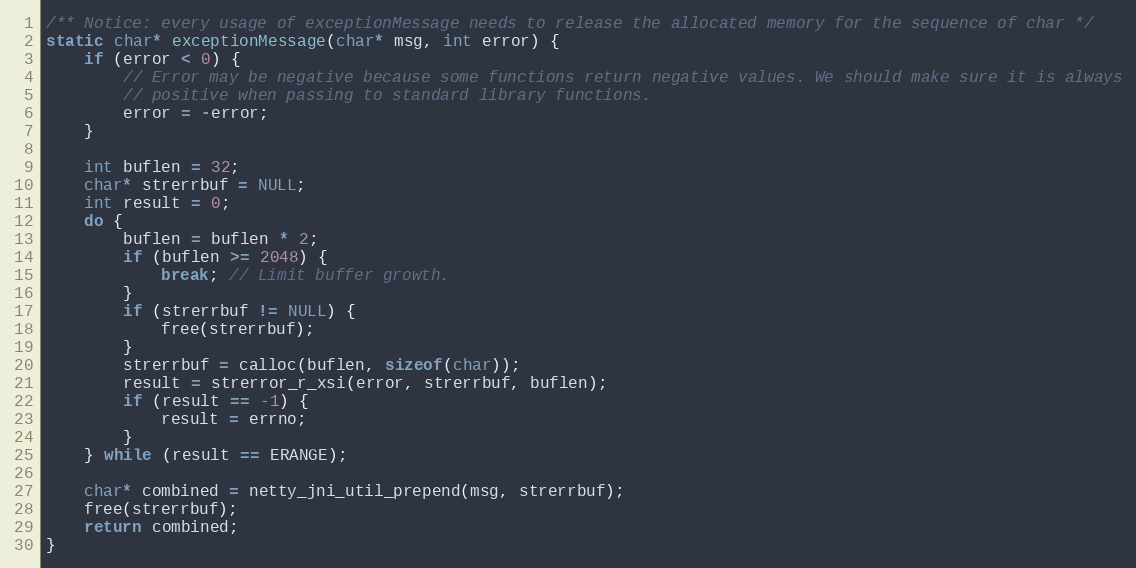
Language: C
/** Notice: every usage of exceptionMessage needs to release the allocated memory for the sequence of char */
static char* exceptionMessage(char* msg, int error) {
    if (error < 0) {
        // Error may be negative because some functions return negative values. We should make sure it is always
        // positive when passing to standard library functions.
        error = -error;
    }

    int buflen = 32;
    char* strerrbuf = NULL;
    int result = 0;
    do {
        buflen = buflen * 2;
        if (buflen >= 2048) {
            break; // Limit buffer growth.
        }
        if (strerrbuf != NULL) {
            free(strerrbuf);
        }
        strerrbuf = calloc(buflen, sizeof(char));
        result = strerror_r_xsi(error, strerrbuf, buflen);
        if (result == -1) {
            result = errno;
        }
    } while (result == ERANGE);

    char* combined = netty_jni_util_prepend(msg, strerrbuf);
    free(strerrbuf);
    return combined;
}